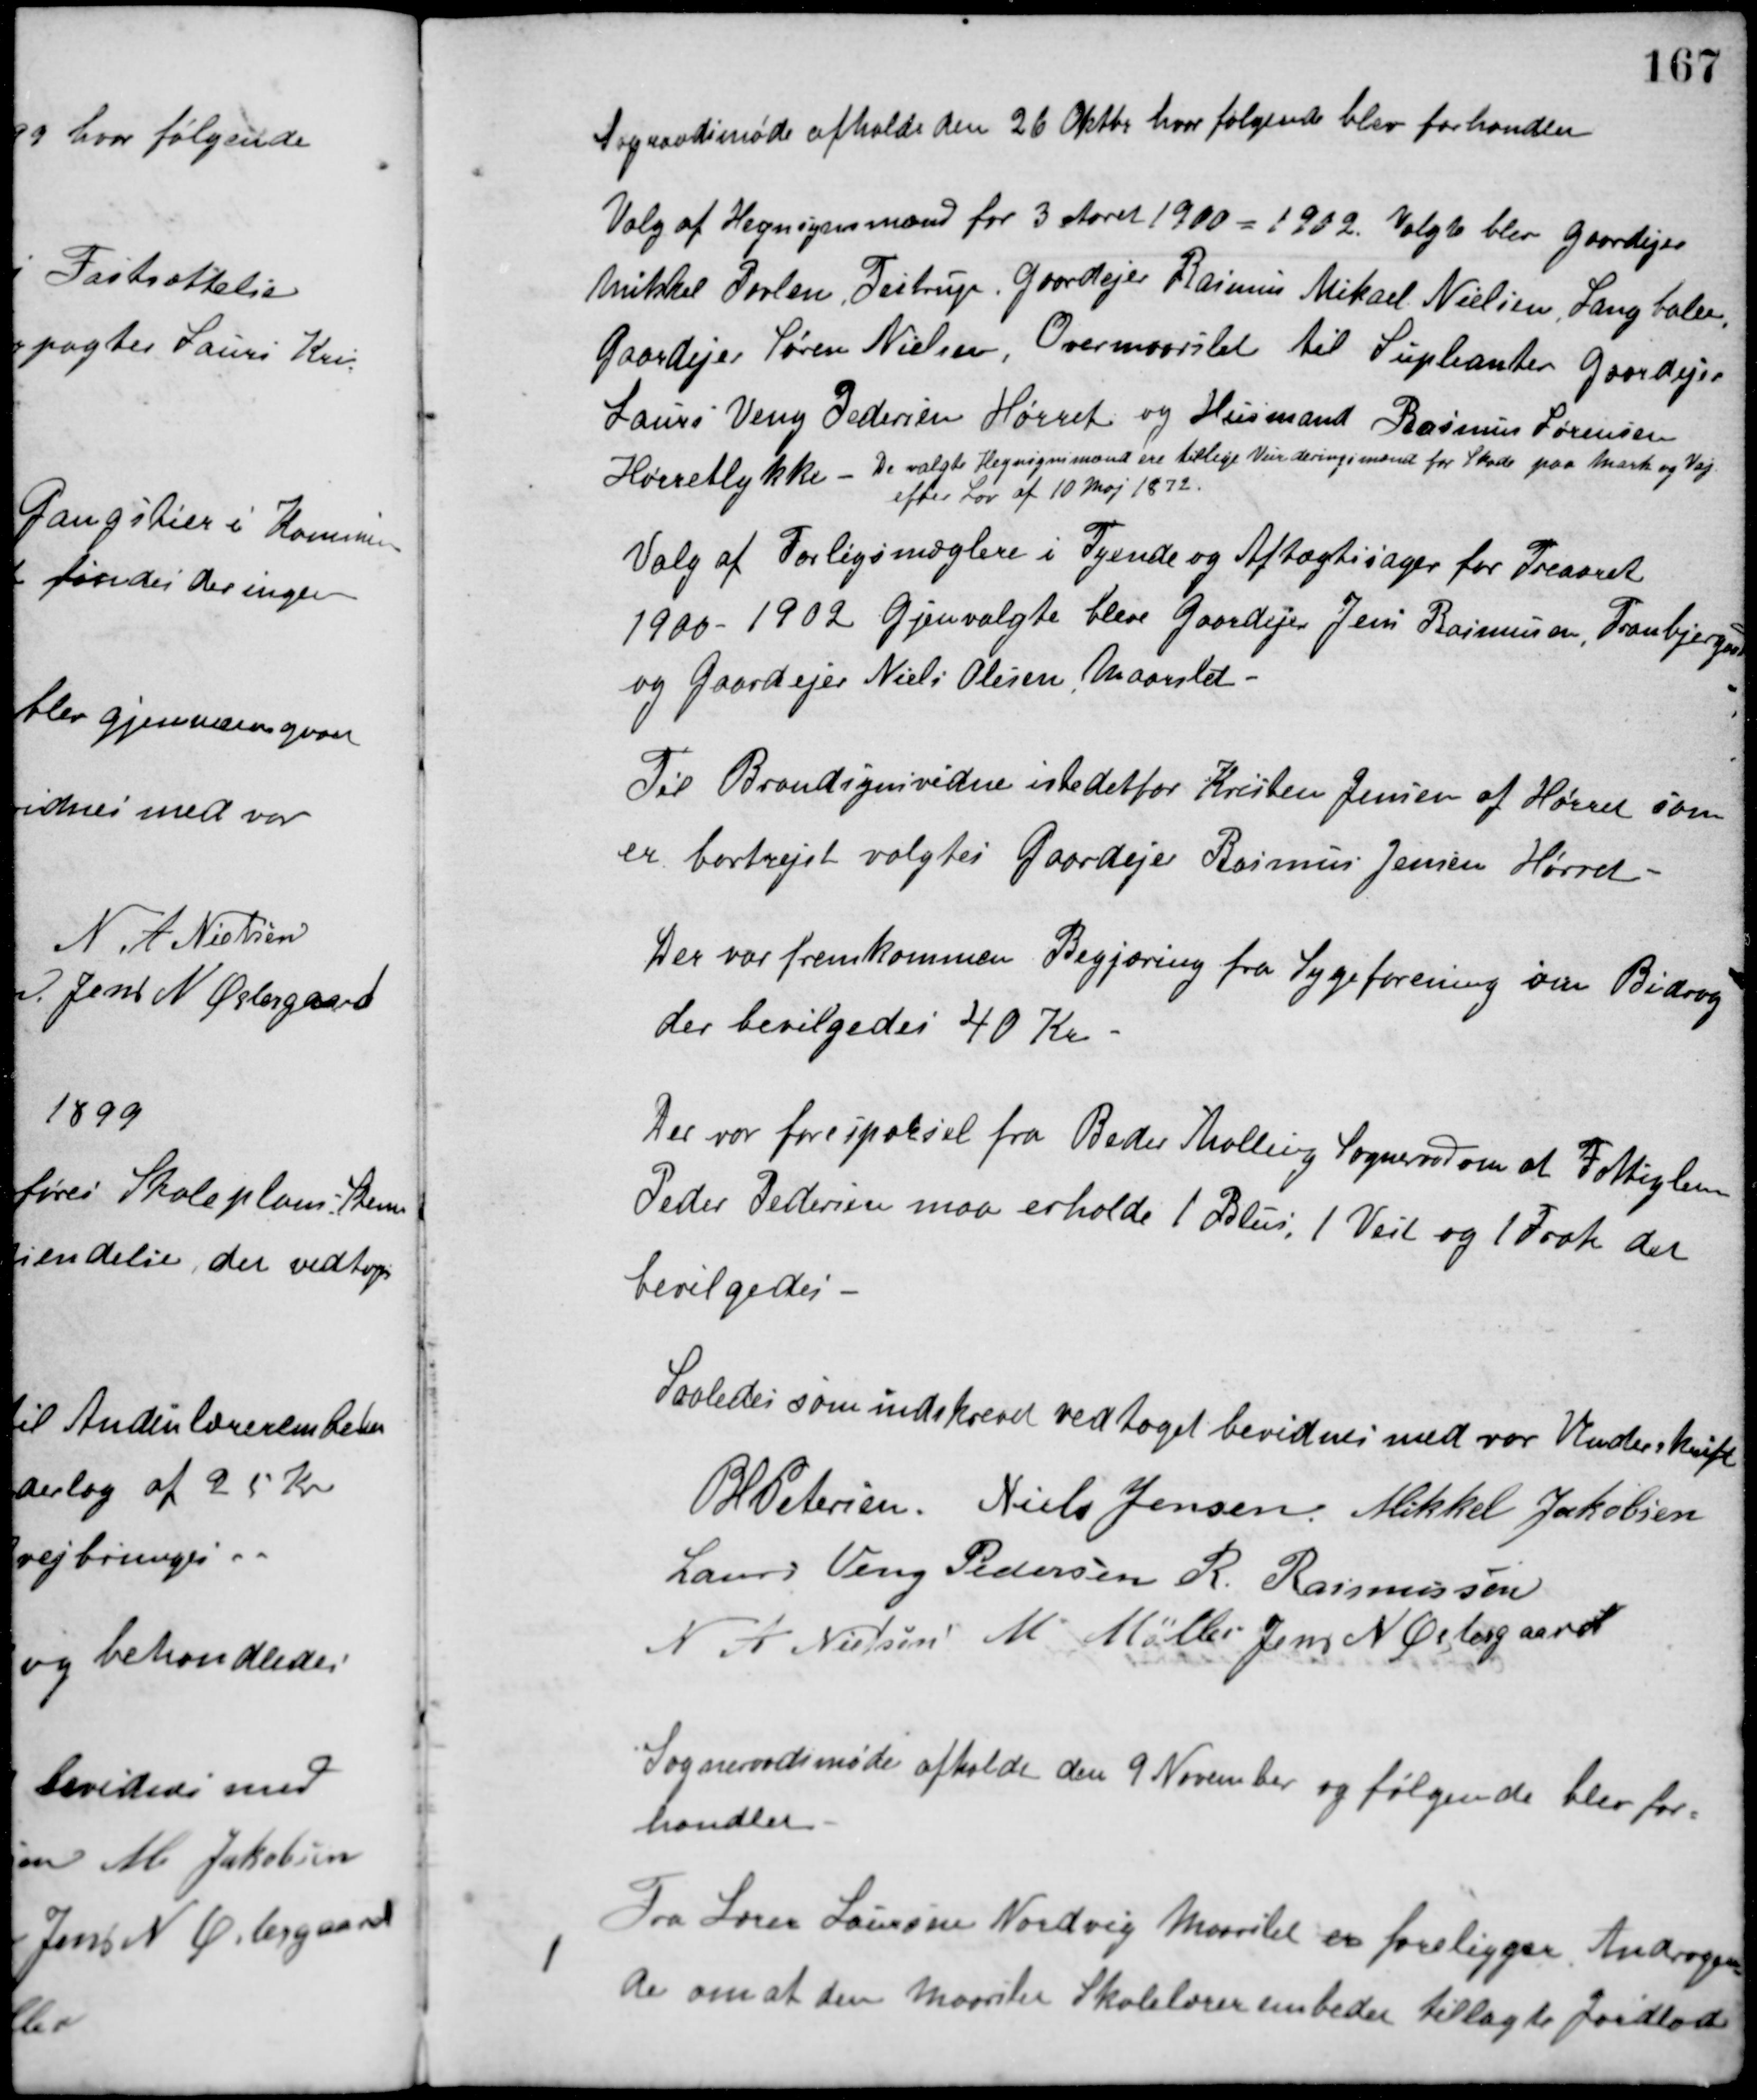
Transskription:
Sogeraadsmøde afholdt den 26 Oktbr. hvor følgende blev forhandlet
Valg af Hegnsynsmænd for 3 Aaret 1900 - 1902. Valgte blev Gaardejer
Mikkel Povlsen, Testrup, Gaardejer Rasmus Mikael Nielsen, Langballe,
Gaardejer Søren Nielsen, Overmaarslet til Supleanter Gaardejer
Laurs Veng Pedersen Hørret og Husmand Rasmus Sørensen
Hørretlykke - De valgte Hegnsynsmænd ere tillige Vurderingsmænd for Skøde paa Mark og Vej.
efter Lov af 10 Maj 1872.
Valg af Forligsmæglere i Tyende og Aftægtssager for Treaaret
1900 - 1902 Gjenvalgte bleve Gaardejer Jens Rasmussen, Tranbjerggaard
og Gaardejer Niels Olesen Maarslet.
Til Brandsynsvidne istedetfor Kristen Jensen af Hørret som
er bortrejst valgtes Gaardejer Rasmus Jensen Hørret.
Der var fremkommen Begjæring fra Sygeforening om Bidrag
der bevilgedes 40 Kr.
Der var forespørsel fra Beder Malling Sogneraad om at Fattiglem
Peder Pedersen maa erholde 1 Blus, 1 Veil og 1 Frak der
bevilgedes.
Saaledes som indskrevet vedtaget bevidnes med vor Underskrift
P. H. Petersen Niels Jensen Mikkel Jakobsen
Laurs Veng Pedersen R. Rasmussen
N. A. Nielsen M. Møller Jens N. Østergaard
Sogneraadsmøde afholdt den 9 November og følgende blev for-
handlet.
Fra Lærer Laursen Nordvej Maarslet er foreligger Andragen-
de om at den Maarslet Skolelærerembedet tillagte Jordlod